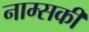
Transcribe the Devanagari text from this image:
नाम्सकी